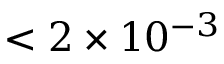
< 2 \times 1 0 ^ { - 3 }